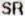
SR